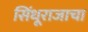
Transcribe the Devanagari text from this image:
सिंधूराजाचा